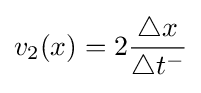
v_{2}(x)=2{\frac {\triangle x}{\triangle t^{-}}}